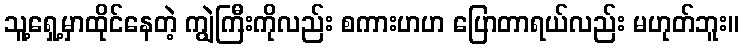
သူ့ရှေ့မှာထိုင်နေတဲ့ ကျွဲကြီးကိုလည်း စကားဟဟ ပြောတာရယ်လည်း မဟုတ်ဘူး။